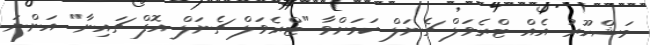
މަޝްހޫރު އެއް ޓްރެވަލް ޗެނަލް ކަމަށްވާ "ޓްރެވަލް ޗެނަލް އޮފް ޗައިނާ" އަންނަ